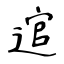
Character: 逭